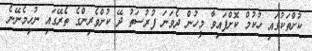
ކުށްތަކުގައި ހުކުމް ކޮށްފައިވާ މީހުން ދެވަނަ ފުރުސަތު ދޭ ކުށްވެރިންގެ ތެރޭގައި ނުހިމެނޭނެ